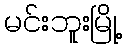
မင်းဘူးမြို့